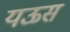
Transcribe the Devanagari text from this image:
यऊस